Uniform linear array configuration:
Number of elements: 8
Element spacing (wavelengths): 1
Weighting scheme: binomial
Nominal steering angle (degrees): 0
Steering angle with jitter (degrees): -1.628
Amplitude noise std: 0.05
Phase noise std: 0.05

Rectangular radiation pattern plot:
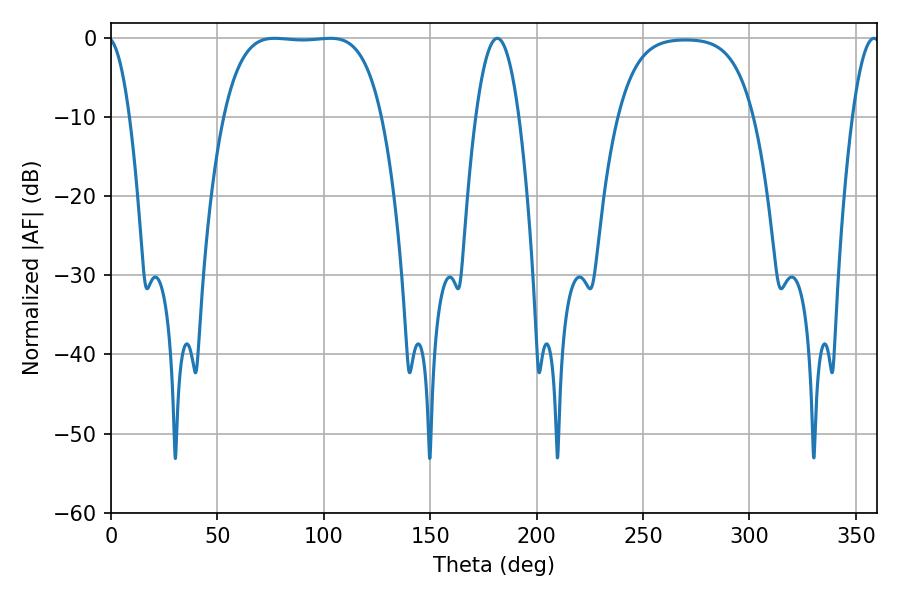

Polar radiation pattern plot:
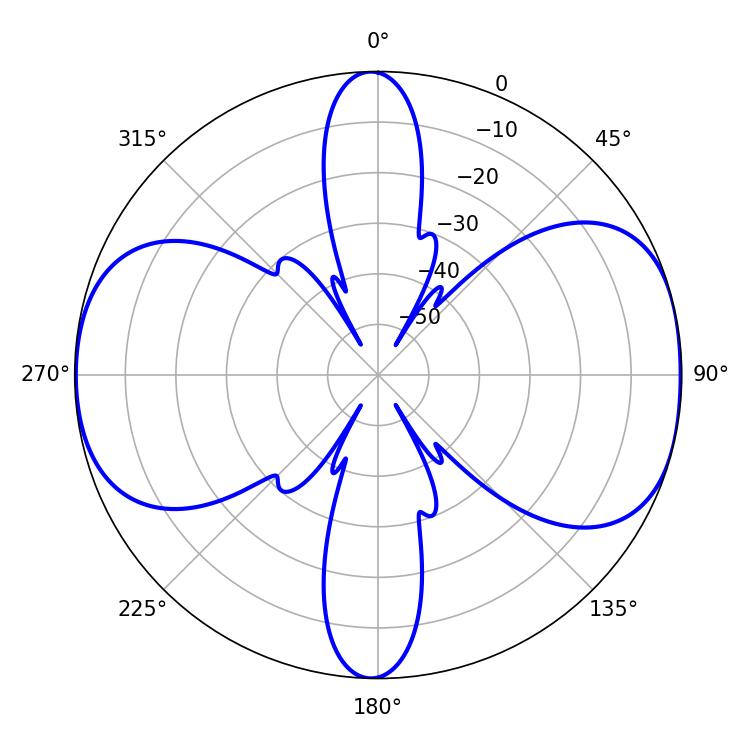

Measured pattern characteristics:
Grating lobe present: TRUE
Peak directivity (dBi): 9.437
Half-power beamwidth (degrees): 57.6
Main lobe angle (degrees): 76.86